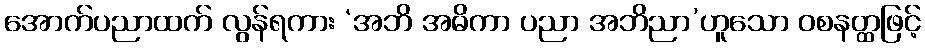
အောက်ပညာထက် လွန်ရကား ‘အဘိ အဓိကာ ပညာ အဘိညာ’ဟူသော ဝစနတ္ထဖြင့်